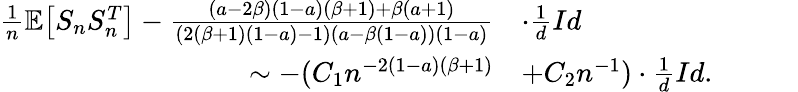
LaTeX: \begin{array}{rl}{\frac{1}{n}\mathbb{E}\big[S_{n}S_{n}^{T}\big]-\frac{(a-2\beta)(1-a)(\beta+1)+\beta(a+1)}{(2(\beta+1)(1-a)-1)(a-\beta(1-a))(1-a)}}&{\cdot\frac{1}{d}Id}\\ {\sim-(C_{1}n^{-2(1-a)(\beta+1)}}&{+C_{2}n^{-1})\cdot\frac{1}{d}Id.\quad\quad\quad}\end{array}